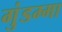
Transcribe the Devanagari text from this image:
गुंडम्मा